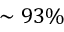
\sim 9 3 \%